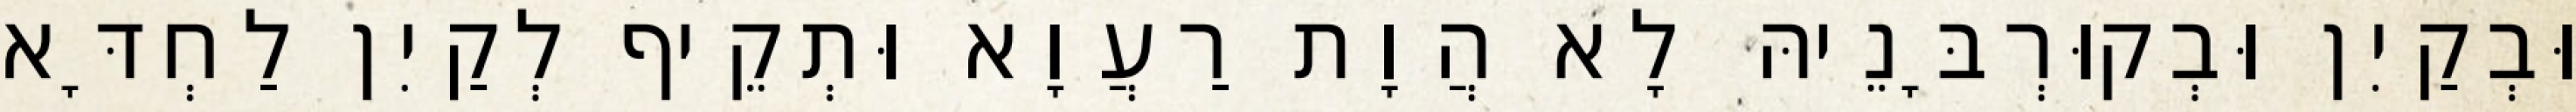
וּבְקַיִן וּבְקוּרְבָּנֵיהּ לָא הֲוָת רַעֲוָא וּתְקֵיף לְקַיִן לַחְדָּא